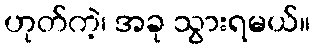
ဟုတ်ကဲ့၊ အခု သွားရမယ်။